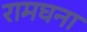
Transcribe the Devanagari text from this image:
रामघना